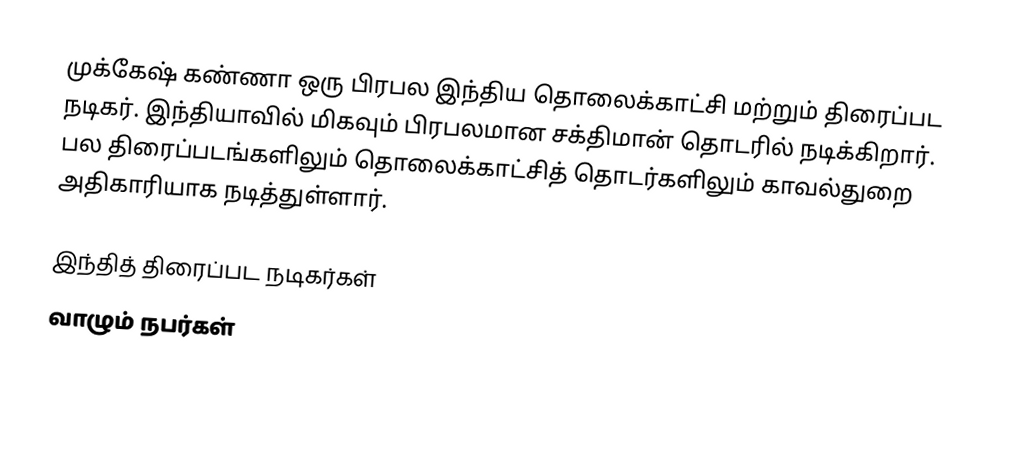
முக்கேஷ் கண்ணா ஒரு பிரபல இந்திய தொலைக்காட்சி மற்றும் திரைப்பட நடிகர். இந்தியாவில் மிகவும் பிரபலமான சக்திமான் தொடரில் நடிக்கிறார். பல திரைப்படங்களிலும் தொலைக்காட்சித் தொடர்களிலும் காவல்துறை அதிகாரியாக நடித்துள்ளார்.

இந்தித் திரைப்பட நடிகர்கள்
வாழும் நபர்கள்